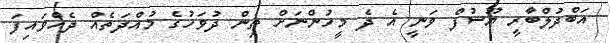
އަބްދުލްބާރީ ޔޫސުފް ވަނީ އެ ދެ މީހުންނަށް ތިން ދުވަހުގެ މުއްދަތެއް ދެއްވައިފަ